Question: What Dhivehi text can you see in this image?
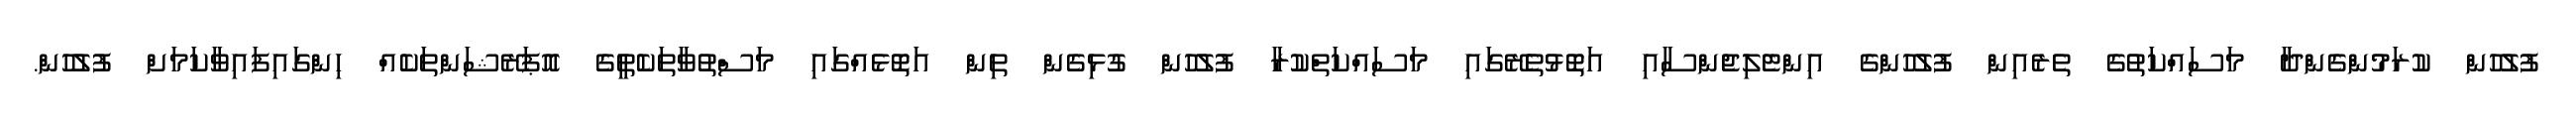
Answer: ފުލުހުން ކުރަމުންގެންދާ މަސައްކަތުގެ ތެރެއިން ފުލުހުންގެ އިންޓެލިޖެންސާއި އަތޮޅުތެރޭގައި މަސައްކަތްކުރާ ފުލުހުން ގުޅިގެން ތިން އަތޮޅެއްގައި މަސްތުވާތަކެތީގެ އޮޕަރޭޝަންތަކެއް ހިންގައިފައިވާކަމަށް ފުލުހުން.